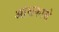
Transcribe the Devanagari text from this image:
आंशकासे